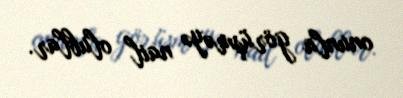
onunla görüşməyə nail olublar.